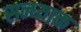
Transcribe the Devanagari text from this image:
सन्ध्याक